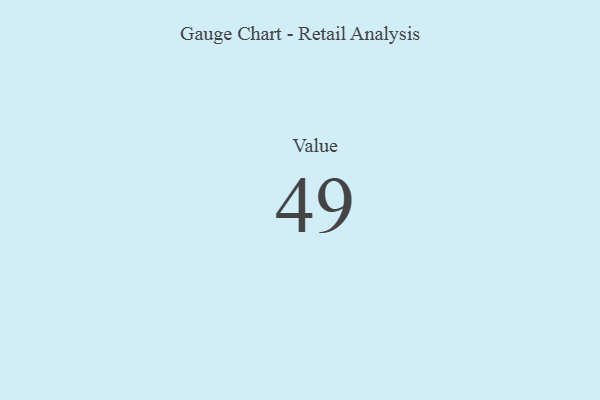
{"axis": {"x": "Metric", "y": "Value"}, "legend": [""], "data": [{"x": "Value", "y": 49, "type": ""}]}